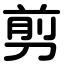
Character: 剪